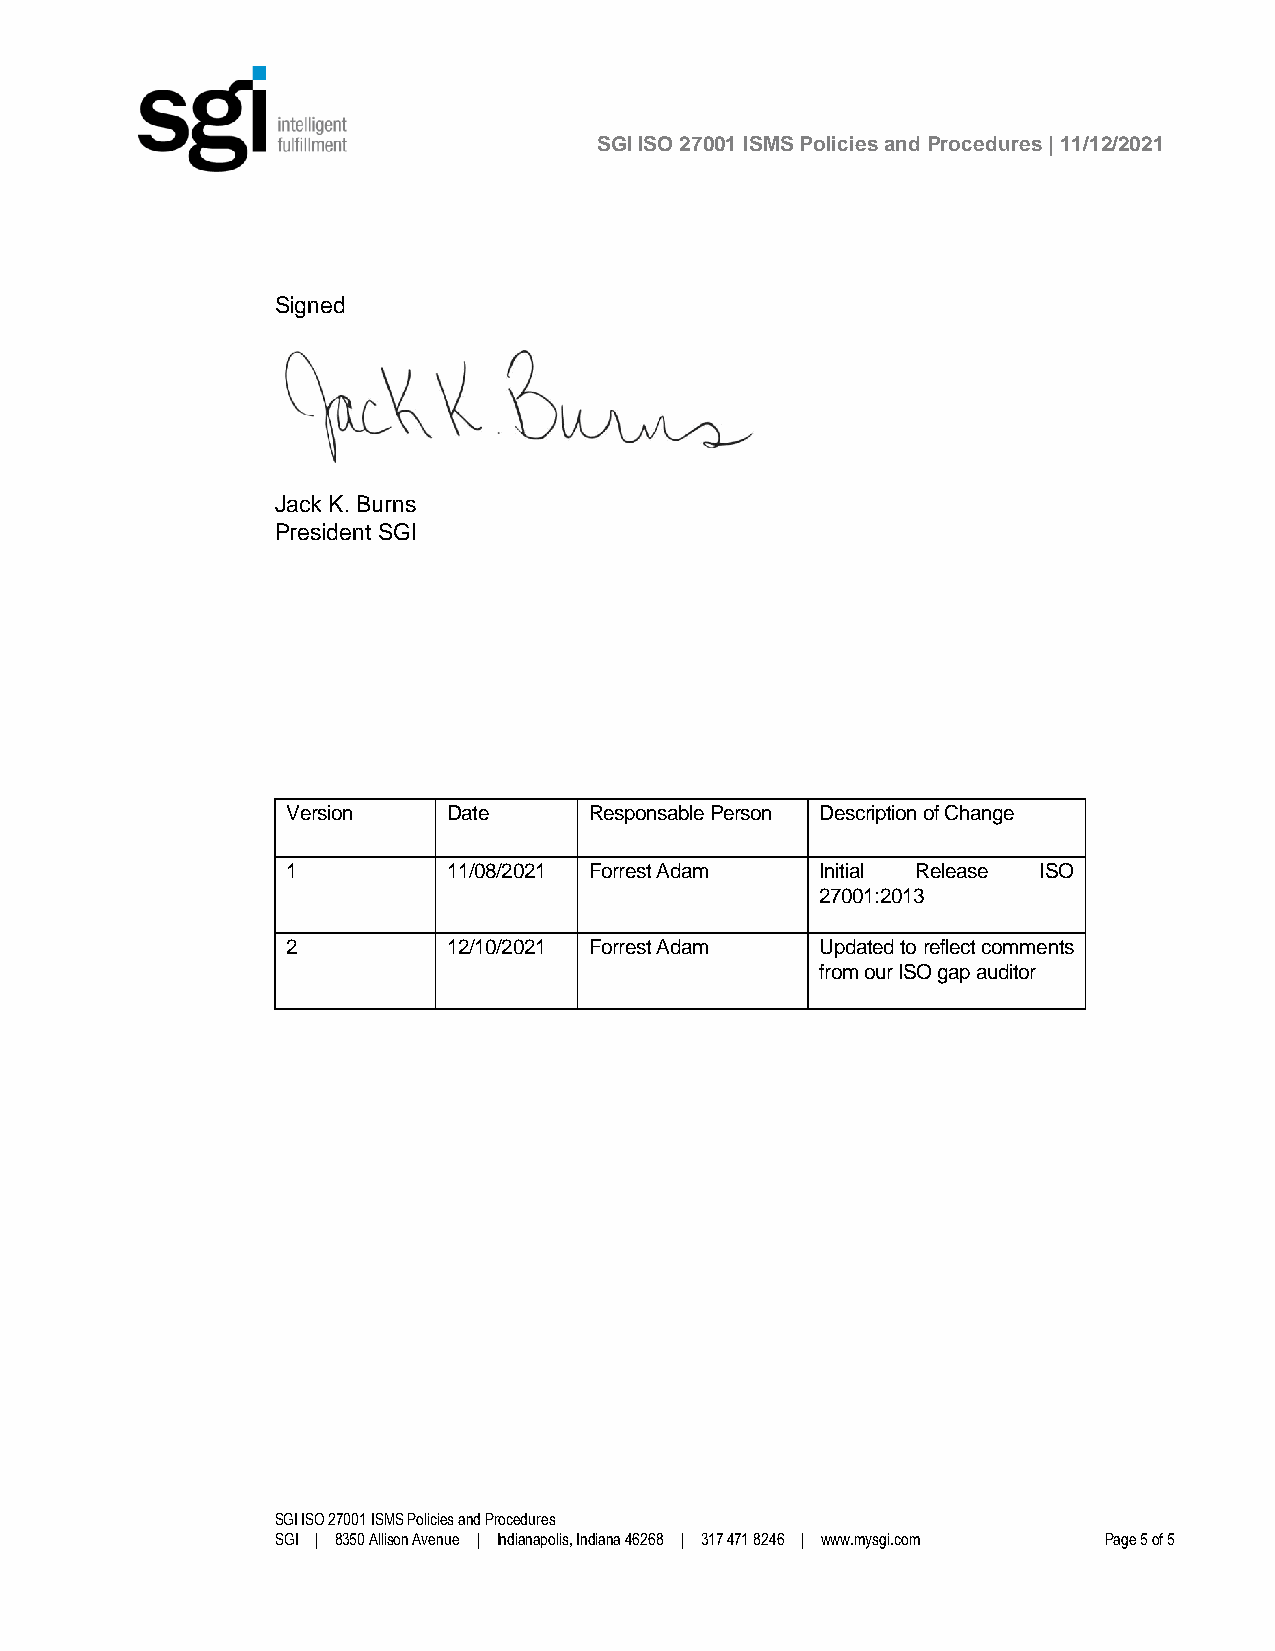
SGI ISO 27001 ISMS Policies and Procedures | 11/12/2021
 Signed
 Jack K. Burns
 President SGI
 Version    Date     Responsable Person Description of Change
 1          11/08/2021 Forrest Adam Initial Release ISO
 27001:2013
 2          12/10/2021 Forrest Adam Updated to reflect comments
 from our ISO gap auditor
 SGI ISO 27001 ISMS Policies and Procedures
 SGI | 8350 Allison Avenue | Indianapolis, Indiana 46268 | 317 471 8246 | www.mysgi.com Page 5 of 5